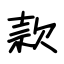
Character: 款